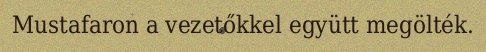
Mustafaron a vezetőkkel együtt megölték.